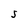
Character: S